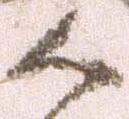
御